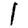
Digit: 1